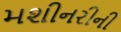
મશીનરીની